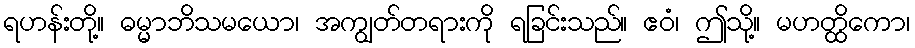
ရဟန်းတို့။ ဓမ္မာဘိသမယော၊ အကျွတ်တရားကို ရခြင်းသည်။ ဧဝံ၊ ဤသို့။ မဟတ္ထိကော၊